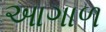
આગાળ